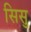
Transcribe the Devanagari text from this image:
सिसु